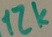
Text: 12k